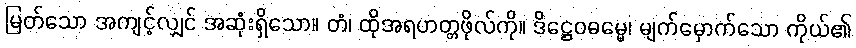
မြတ်သော အကျင့်လျှင် အဆုံးရှိသော။ တံ၊ ထိုအရဟတ္တဖိုလ်ကို။ ဒိဋ္ဌေဝဓမ္မေ၊ မျက်မှောက်သော ကိုယ်၏